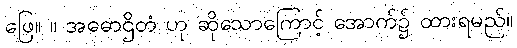
ဖြေ။ ။ အဓောဌိတံ ဟု ဆိုသောကြောင့် အောက်၌ ထားရမည်။